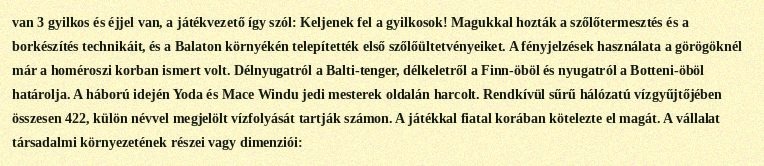
van 3 gyilkos és éjjel van, a játékvezető így szól: Keljenek fel a gyilkosok! Magukkal hozták a szőlőtermesztés és a borkészítés technikáit, és a Balaton környékén telepítették első szőlőültetvényeiket. A fényjelzések használata a görögöknél már a homéroszi korban ismert volt. Délnyugatról a Balti-tenger, délkeletről a Finn-öböl és nyugatról a Botteni-öböl határolja. A háború idején Yoda és Mace Windu jedi mesterek oldalán harcolt. Rendkívül sűrű hálózatú vízgyűjtőjében összesen 422, külön névvel megjelölt vízfolyását tartják számon. A játékkal fiatal korában kötelezte el magát. A vállalat társadalmi környezetének részei vagy dimenziói: